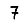
Digit: 7